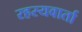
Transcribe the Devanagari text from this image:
रहस्यवार्ता